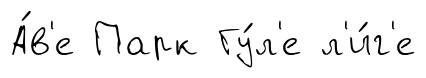
А́в'е Парк Гу́л'е л'и́г'е